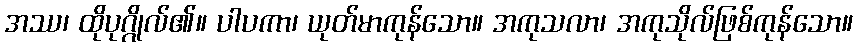
အဿ၊ ထိုပုဂ္ဂိုလ်၏။ ပါပကာ၊ ယုတ်မာကုန်သော။ အကုသလာ၊ အကုသိုလ်ဖြစ်ကုန်သော။